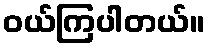
ဝယ်ကြပါတယ်။